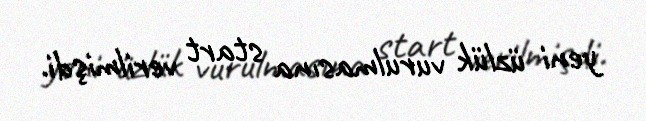
yeni üzlük vurulmasına start verilmişdi.